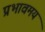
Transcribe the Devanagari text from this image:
प्रभावमय